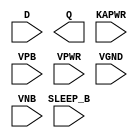
module sky130_fd_sc_lp__isolatch (
    //# {{data|Data Signals}}
    input  D      ,
    output Q      ,

    //# {{power|Power}}
    input  SLEEP_B,
    input  KAPWR  ,
    input  VPB    ,
    input  VPWR   ,
    input  VGND   ,
    input  VNB
);
endmodule